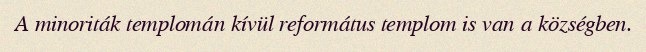
A minoriták templomán kívül református templom is van a községben.